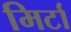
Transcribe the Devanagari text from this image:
मिर्टा